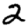
Digit: 2